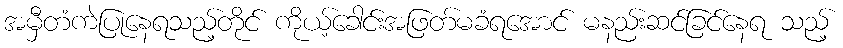
အမှီတံကဲပြုနေရသည့်တိုင် ကိုယ့်ခေါင်းအဖြတ်မခံရအောင် မနည်းဆင်ခြင်နေရ သည့်